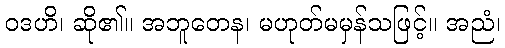
ဝဒဟိ၊ ဆို၏။ အဘူတေန၊ မဟုတ်မမှန်သဖြင့်။ အညံ၊